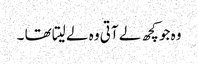
وہ جو کچھ لے آتی وہ لے لیتا تھا ۔